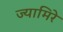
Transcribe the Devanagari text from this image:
ज्यामिरे